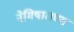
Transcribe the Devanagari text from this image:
नेमिषाराण्य